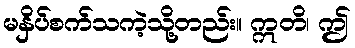
မနှိပ်စက်သကဲ့သို့တည်း။ ဣတိ၊ ဤ